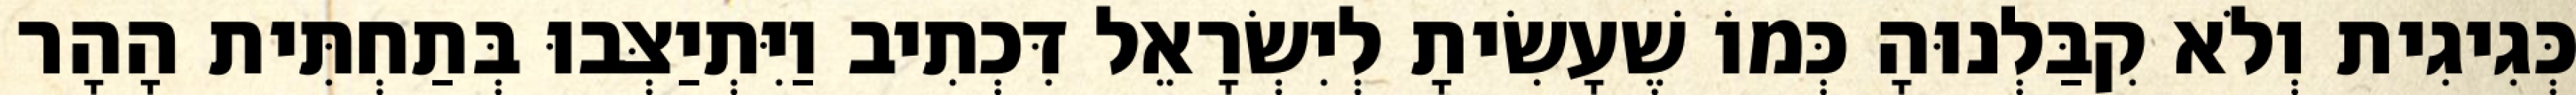
כְּגִיגִית וְלֹא קִבַּלְנוּהָ כְּמוֹ שֶׁעָשִׂיתָ לְיִשְׂרָאֵל דִּכְתִיב וַיִּתְיַצְּבוּ בְּתַחְתִּית הָהָר